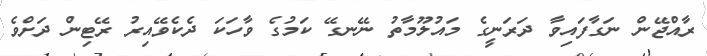
ރާއްޖޭން ނަގާފައިވާ ދަރަނީގެ މައުލޫމާތު ނޭނގޭ ކަމުގެ ވާހަކަ ދެކެވޭއިރު ރޭޓިން ދަށްވެ